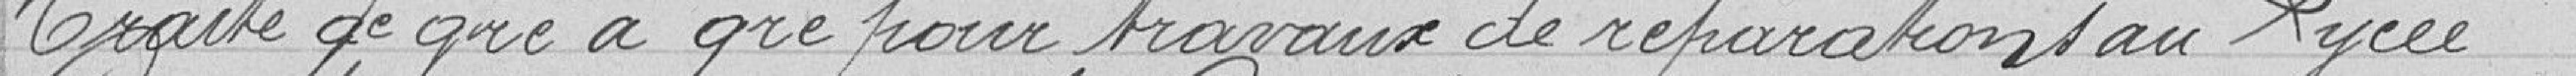
Traité de gré à gré pour travaux de réparations au lycée